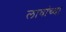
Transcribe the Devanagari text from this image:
लावांच्या